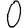
Digit: 0